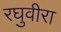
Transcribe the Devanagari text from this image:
रघुवीरा